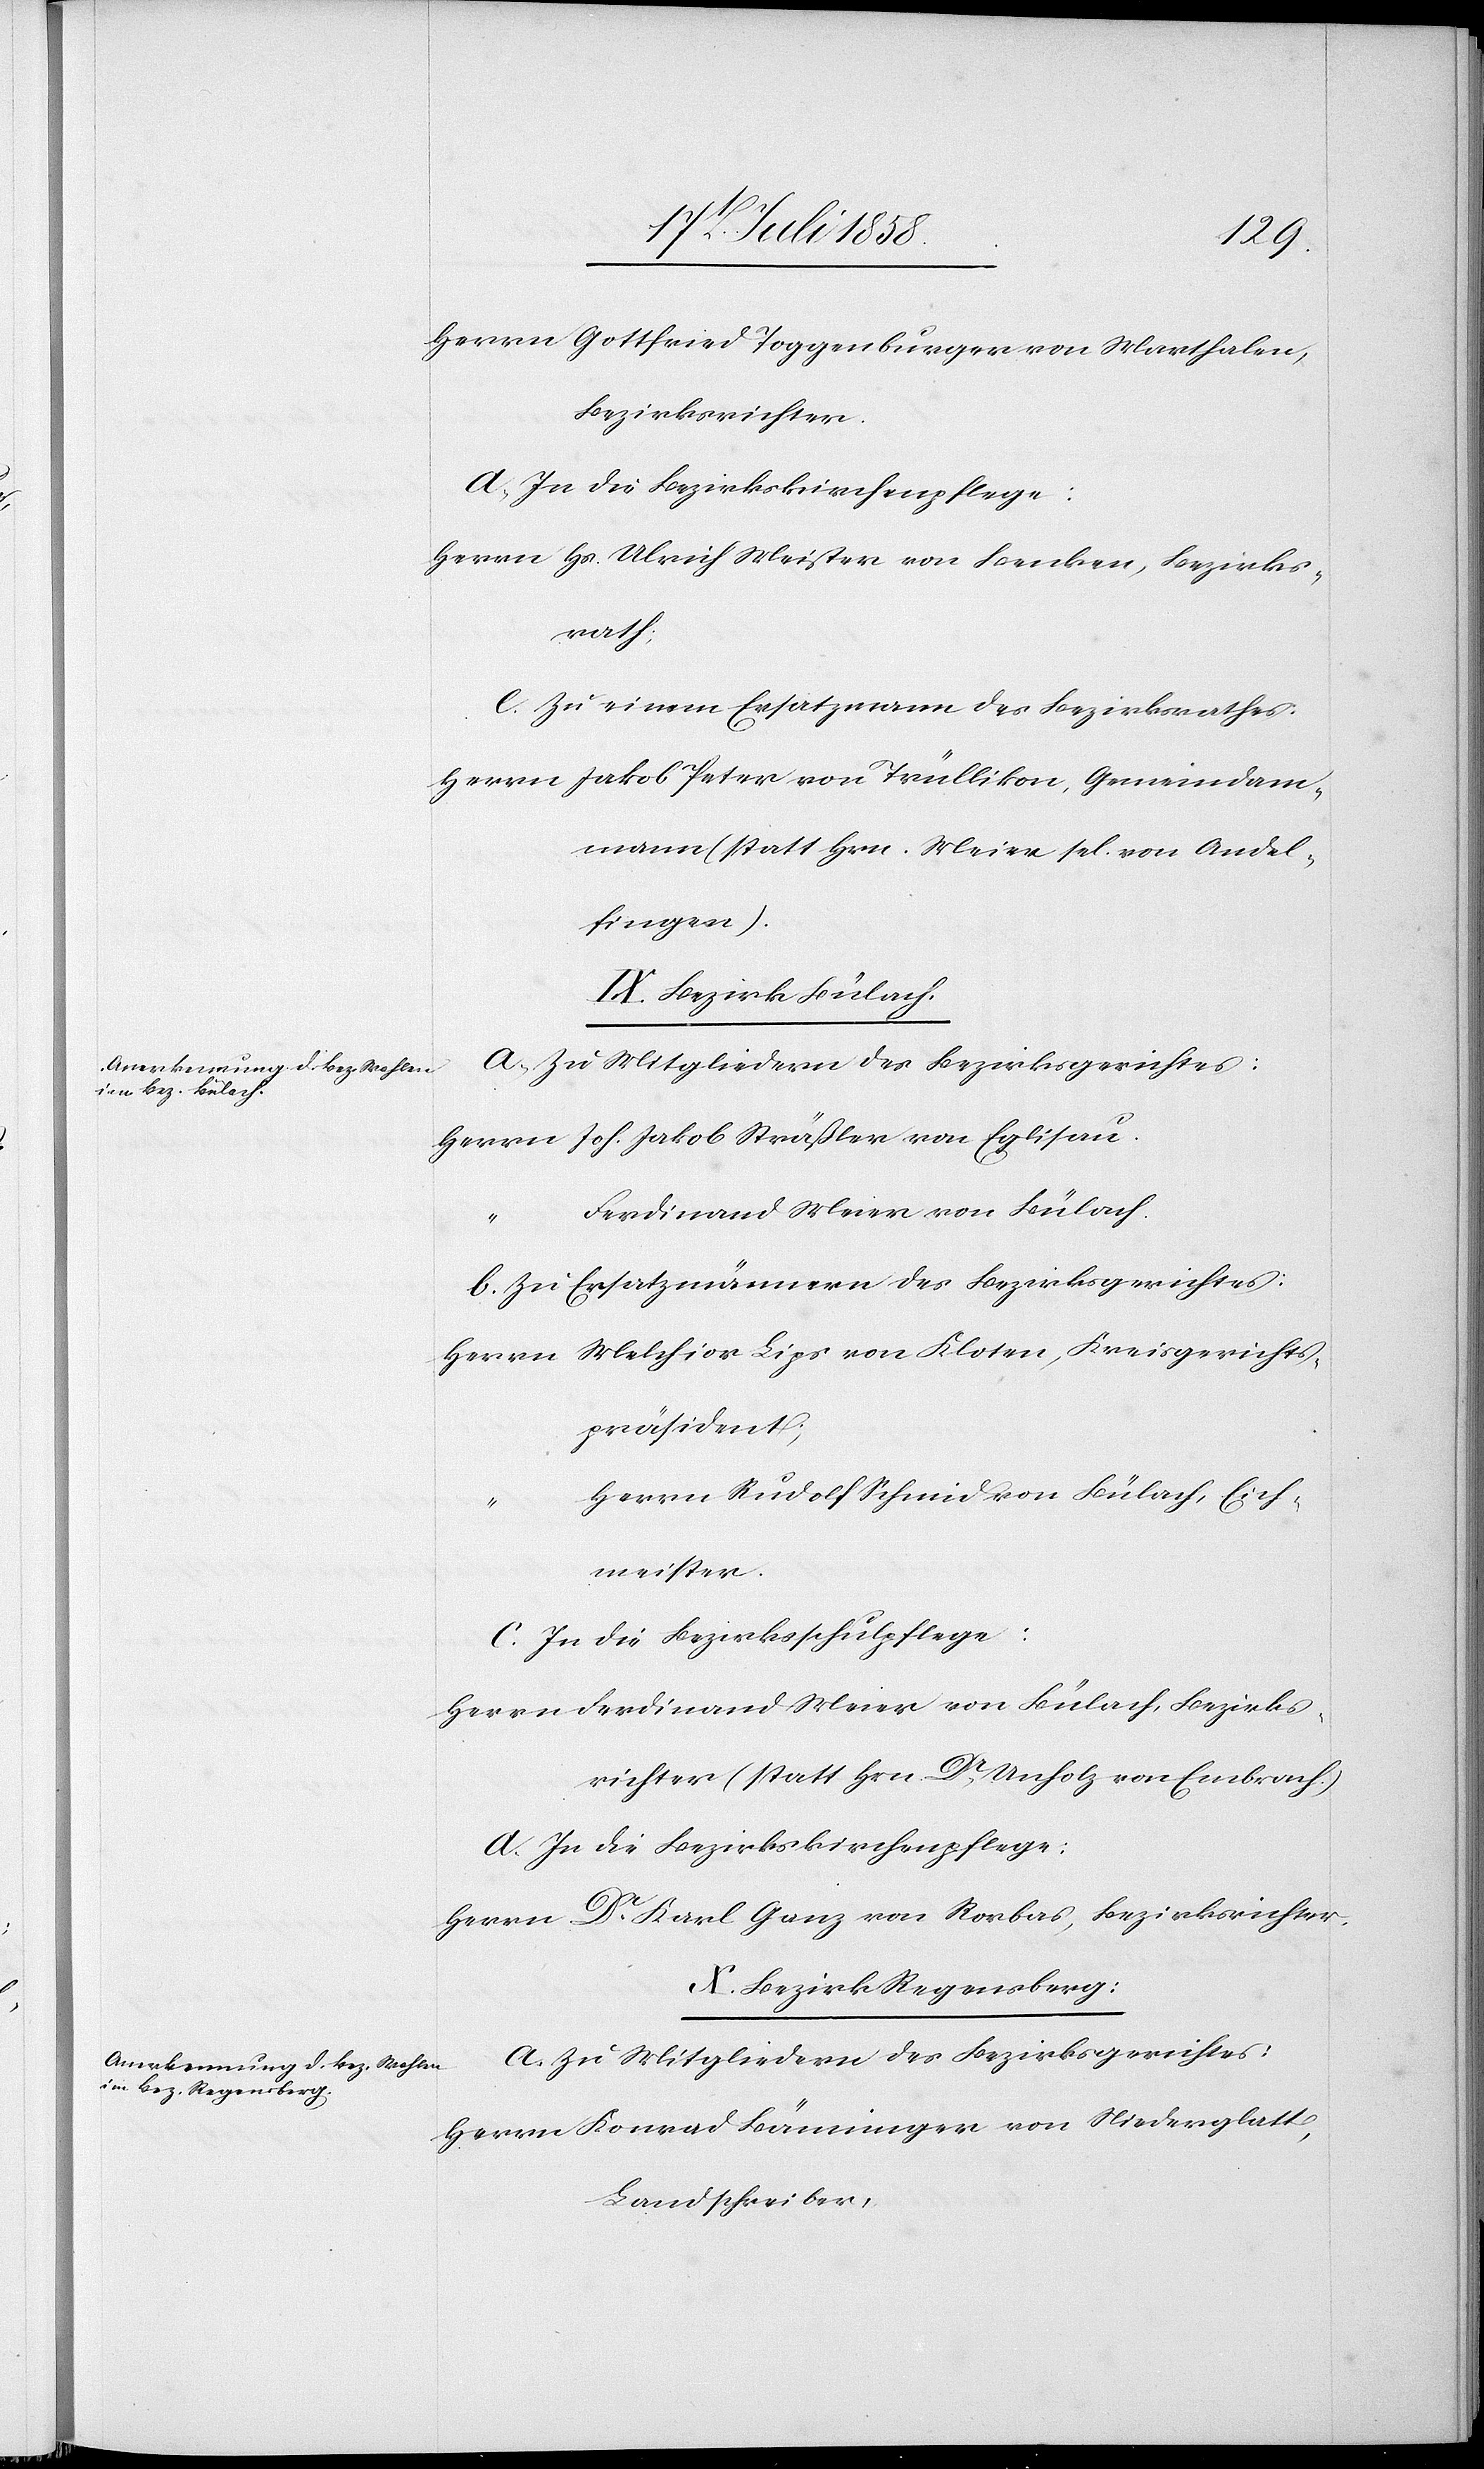
Herrn Gottfried Toggenburger von Marthalen,
Bezirksrichter.
d. In die Bezirkskirchenpflege:
Herrn Hs. Ulrich Meister von Benken, Bezirks¬
rath;
e. Zu einem Ersatzmann des Bezirksrathes:
Herrn Jakob Peter von Trüllikon, Gemeindam¬
mann (statt Hrn. Meier sel. von Andel¬
fingen).
IX. Bezirk Bülach.
Herrn Joh. Jakob Sträßler von Eglisau.
Ferdinand Meier von Bülach.
b. Zu Ersatzmännern des Bezirksgerichtes:
Melchior Lips von Kloten, Kreisgerichts¬
Herrn
präsident;
Herrn Rudolf Schmid von Bülach, Eich¬
meister.
c. In die Bezirksschulpflege:
Herrn Ferdinand Meier von Bülach, Bezirks¬
richter (statt Hrn. Dr. Unholz von Embrach.)
d. In die Bezirkskirchenpflege:
Herrn Dr. Karl Ganz von Rorbas, Bezirksrichter.
X. Bezirk Regensberg:
a. Zu Mitgliedern des Bezirksgerichtes:
Herrn Konrad Bänninger von Niederglatt,
Landschreiber,